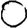
Digit: 0